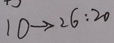
1 0 \rightarrow 2 6 : 2 0